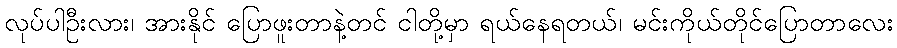
လုပ်ပါဦးလား၊ အားနိုင် ပြောဖူးတာနဲ့တင် ငါတို့မှာ ရယ်နေရတယ်၊ မင်းကိုယ်တိုင်ပြောတာလေး